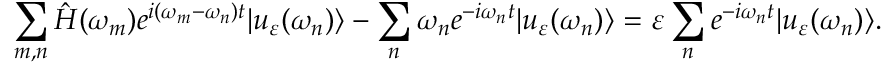
\sum _ { m , n } \hat { H } ( \omega _ { m } ) e ^ { i ( \omega _ { m } - \omega _ { n } ) t } | u _ { \varepsilon } ( \omega _ { n } ) \rangle - \sum _ { n } \omega _ { n } e ^ { - i \omega _ { n } t } | u _ { \varepsilon } ( \omega _ { n } ) \rangle = \varepsilon \sum _ { n } e ^ { - i \omega _ { n } t } | u _ { \varepsilon } ( \omega _ { n } ) \rangle .